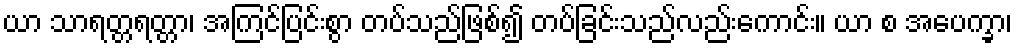
ယာ သာရတ္တရတ္တာ၊ အကြင်ပြင်းစွာ တပ်သည်ဖြစ်၍ တပ်ခြင်းသည်လည်းကောင်း။ ယာ စ အပေက္ခာ၊